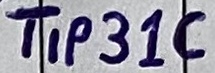
Text: TIP31C